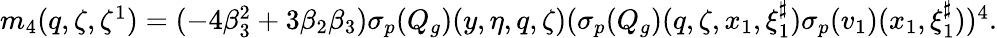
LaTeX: \begin{array}{r}{m_{4}(q,\zeta,\zeta^{1})=(-4\beta_{3}^{2}+3\beta_{2}\beta_{3}){{\sigma_{p}}}(Q_{g})(y,\eta,q,\zeta)({{\sigma_{p}}}(Q_{g})(q,\zeta,x_{1},\xi_{1}^{\sharp})\sigma_{{p}}(v_{1})(x_{1},\xi_{1}^{\sharp}))^{4}.}\end{array}